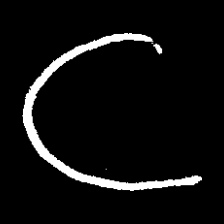
Pyu character \u2014 Myanmar letter: ဋ (romanized: tta)